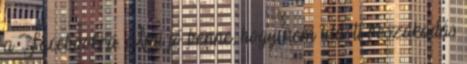
a Facebookra. Ami jó benne, hogy nem tudott beszakadás